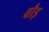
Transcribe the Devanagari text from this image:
वौड़